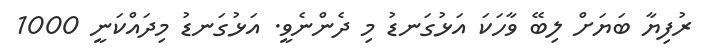
ރުފިޔާ ބަޔަށް ލިބޭ ވާހަކަ އަޅުގަނޑު މި ދެންނެވީ. އަޅުގަނޑު މިދައްކަނީ 1000